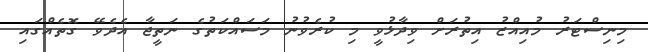
މިނިސްޓަރު މުއިއްޒު އިތުރަށް ވިދާޅުވީ މި ކުރެވުނު މަސައްކަތުގެ ނަތީޖާ އެދެވޭ ގޮތެއްގައި